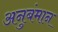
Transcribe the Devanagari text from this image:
अनुबंमान